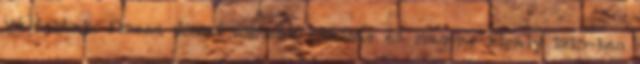
változtak. Ferenc József osztrák császár és magyar király 1915-ben